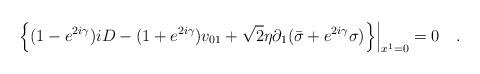
LaTeX: \begin{align*}\left.\left\{(1-e^{2i\gamma})iD-(1+e^{2i\gamma})v_{01}+{\sqrt 2}\eta \partial_1({\bar \sigma}+e^{2i\gamma}\sigma)\right\}\right|_{x^1=0}=0 \quad.\end{align*}